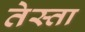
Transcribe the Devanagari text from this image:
तेस्ता